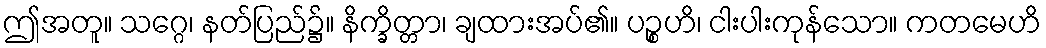
ဤအတူ။ သဂ္ဂေ၊ နတ်ပြည်၌။ နိက္ခိတ္တာ၊ ချထားအပ်၏။ ပဉ္စဟိ၊ ငါးပါးကုန်သော။ ကတမေဟိ